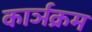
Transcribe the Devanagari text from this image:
कार्ञक्रम